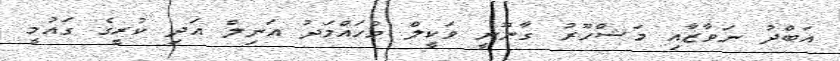
އަބްދު ނަވާޒާއި މަޝްހޫރު ގާނޫނީ ވަކީލް މުހައްމަދު އަނިލް އަދި ކުރީގެ ގައުމީ